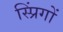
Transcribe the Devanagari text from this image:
स्प्रिंगों